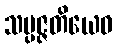
သမ္ပဇ္ဇတိယေဝ